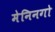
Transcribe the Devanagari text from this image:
मेनिनगो